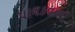
પાલકવાળી